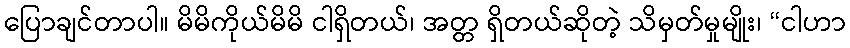
ပြောချင်တာပါ။ မိမိကိုယ်မိမိ ငါရှိတယ်၊ အတ္တ ရှိတယ်ဆိုတဲ့ သိမှတ်မှုမျိုး၊ “ငါဟာ